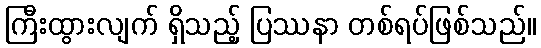
ကြီးထွားလျက် ရှိသည့် ပြဿနာ တစ်ရပ်ဖြစ်သည်။